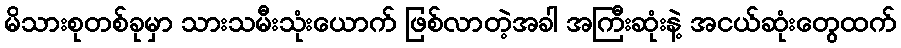
မိသားစုတစ်ခုမှာ သားသမီးသုံးယောက် ဖြစ်လာတဲ့အခါ အကြီးဆုံးနဲ့ အငယ်ဆုံးတွေထက်